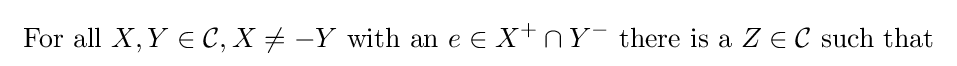
{\text{ For all }}X,Y\in {\mathcal {C}},X\neq -Y{\text{ with an }}e\in X^{+}\cap Y^{-}{\text{ there is a }}Z\in {\mathcal {C}}{\text{ such that }}